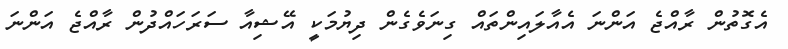
އެގޮތުން ރާއްޖެ އަންނަ އެއާލައިންތައް ގިނަވެގެން ދިޔުމަކީ އޭޝިއާ ސަރަހައްދުން ރާއްޖެ އަންނަ